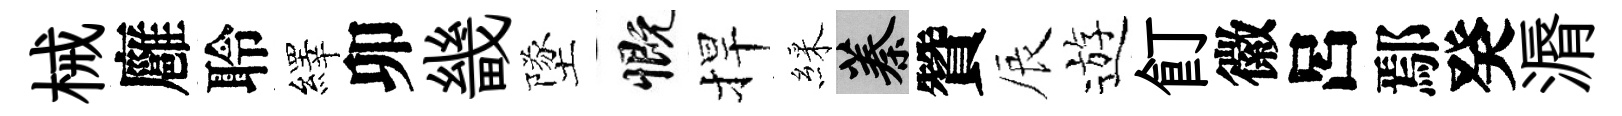
械廱聆繹卯畿墜慨捍綵蓁贊辰遊飣徽呂鄢癸漘